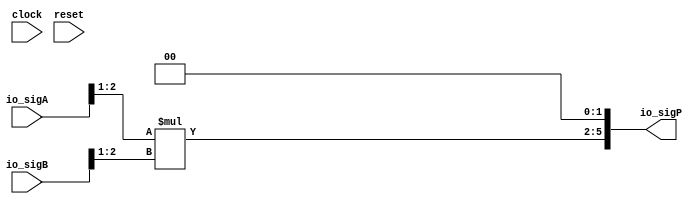
module PositMul6_2_1(
  input        clock,
  input        reset,
  input  [2:0] io_sigA,
  input  [2:0] io_sigB,
  output [5:0] io_sigP
);
  wire [1:0] _T; // @[PositMul.scala 34:28]
  wire [1:0] _T_1; // @[PositMul.scala 34:67]
  wire [1:0] _T_2; // @[PositMul.scala 34:83]
  wire [1:0] _T_3; // @[PositMul.scala 34:122]
  wire [3:0] _T_4; // @[PositMul.scala 34:74]
  wire [3:0] _T_5; // @[Cat.scala 29:58]
  assign _T = io_sigA[2:1]; // @[PositMul.scala 34:28]
  assign _T_1 = $signed(_T); // @[PositMul.scala 34:67]
  assign _T_2 = io_sigB[2:1]; // @[PositMul.scala 34:83]
  assign _T_3 = $signed(_T_2); // @[PositMul.scala 34:122]
  assign _T_4 = $signed(_T_1) * $signed(_T_3); // @[PositMul.scala 34:74]
  assign _T_5 = $unsigned(_T_4); // @[Cat.scala 29:58]
  assign io_sigP = {_T_5,2'h0}; // @[PositMul.scala 34:13]
endmodule